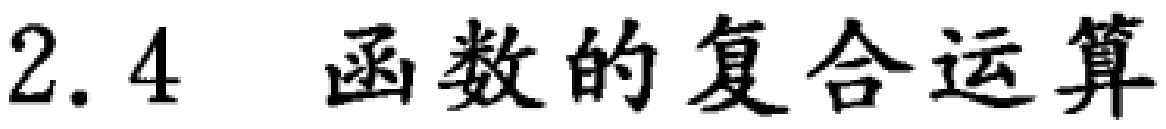
$2.4\quad \text{函数的复合运算}$